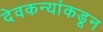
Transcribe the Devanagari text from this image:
देवकन्यांकडून